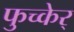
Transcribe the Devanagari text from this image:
फुच्केर्